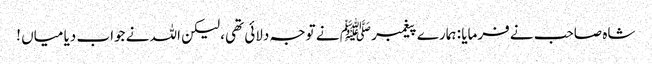
شاہ صاحب نے فرمایا : ہمارے پیغمبر ﷺ نے توجہ دلائی تھی، لیکن اللہ نے جواب دیا میاں !